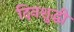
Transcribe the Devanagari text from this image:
दिनशुद्धी